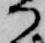
か